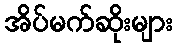
အိပ်မက်ဆိုးများ